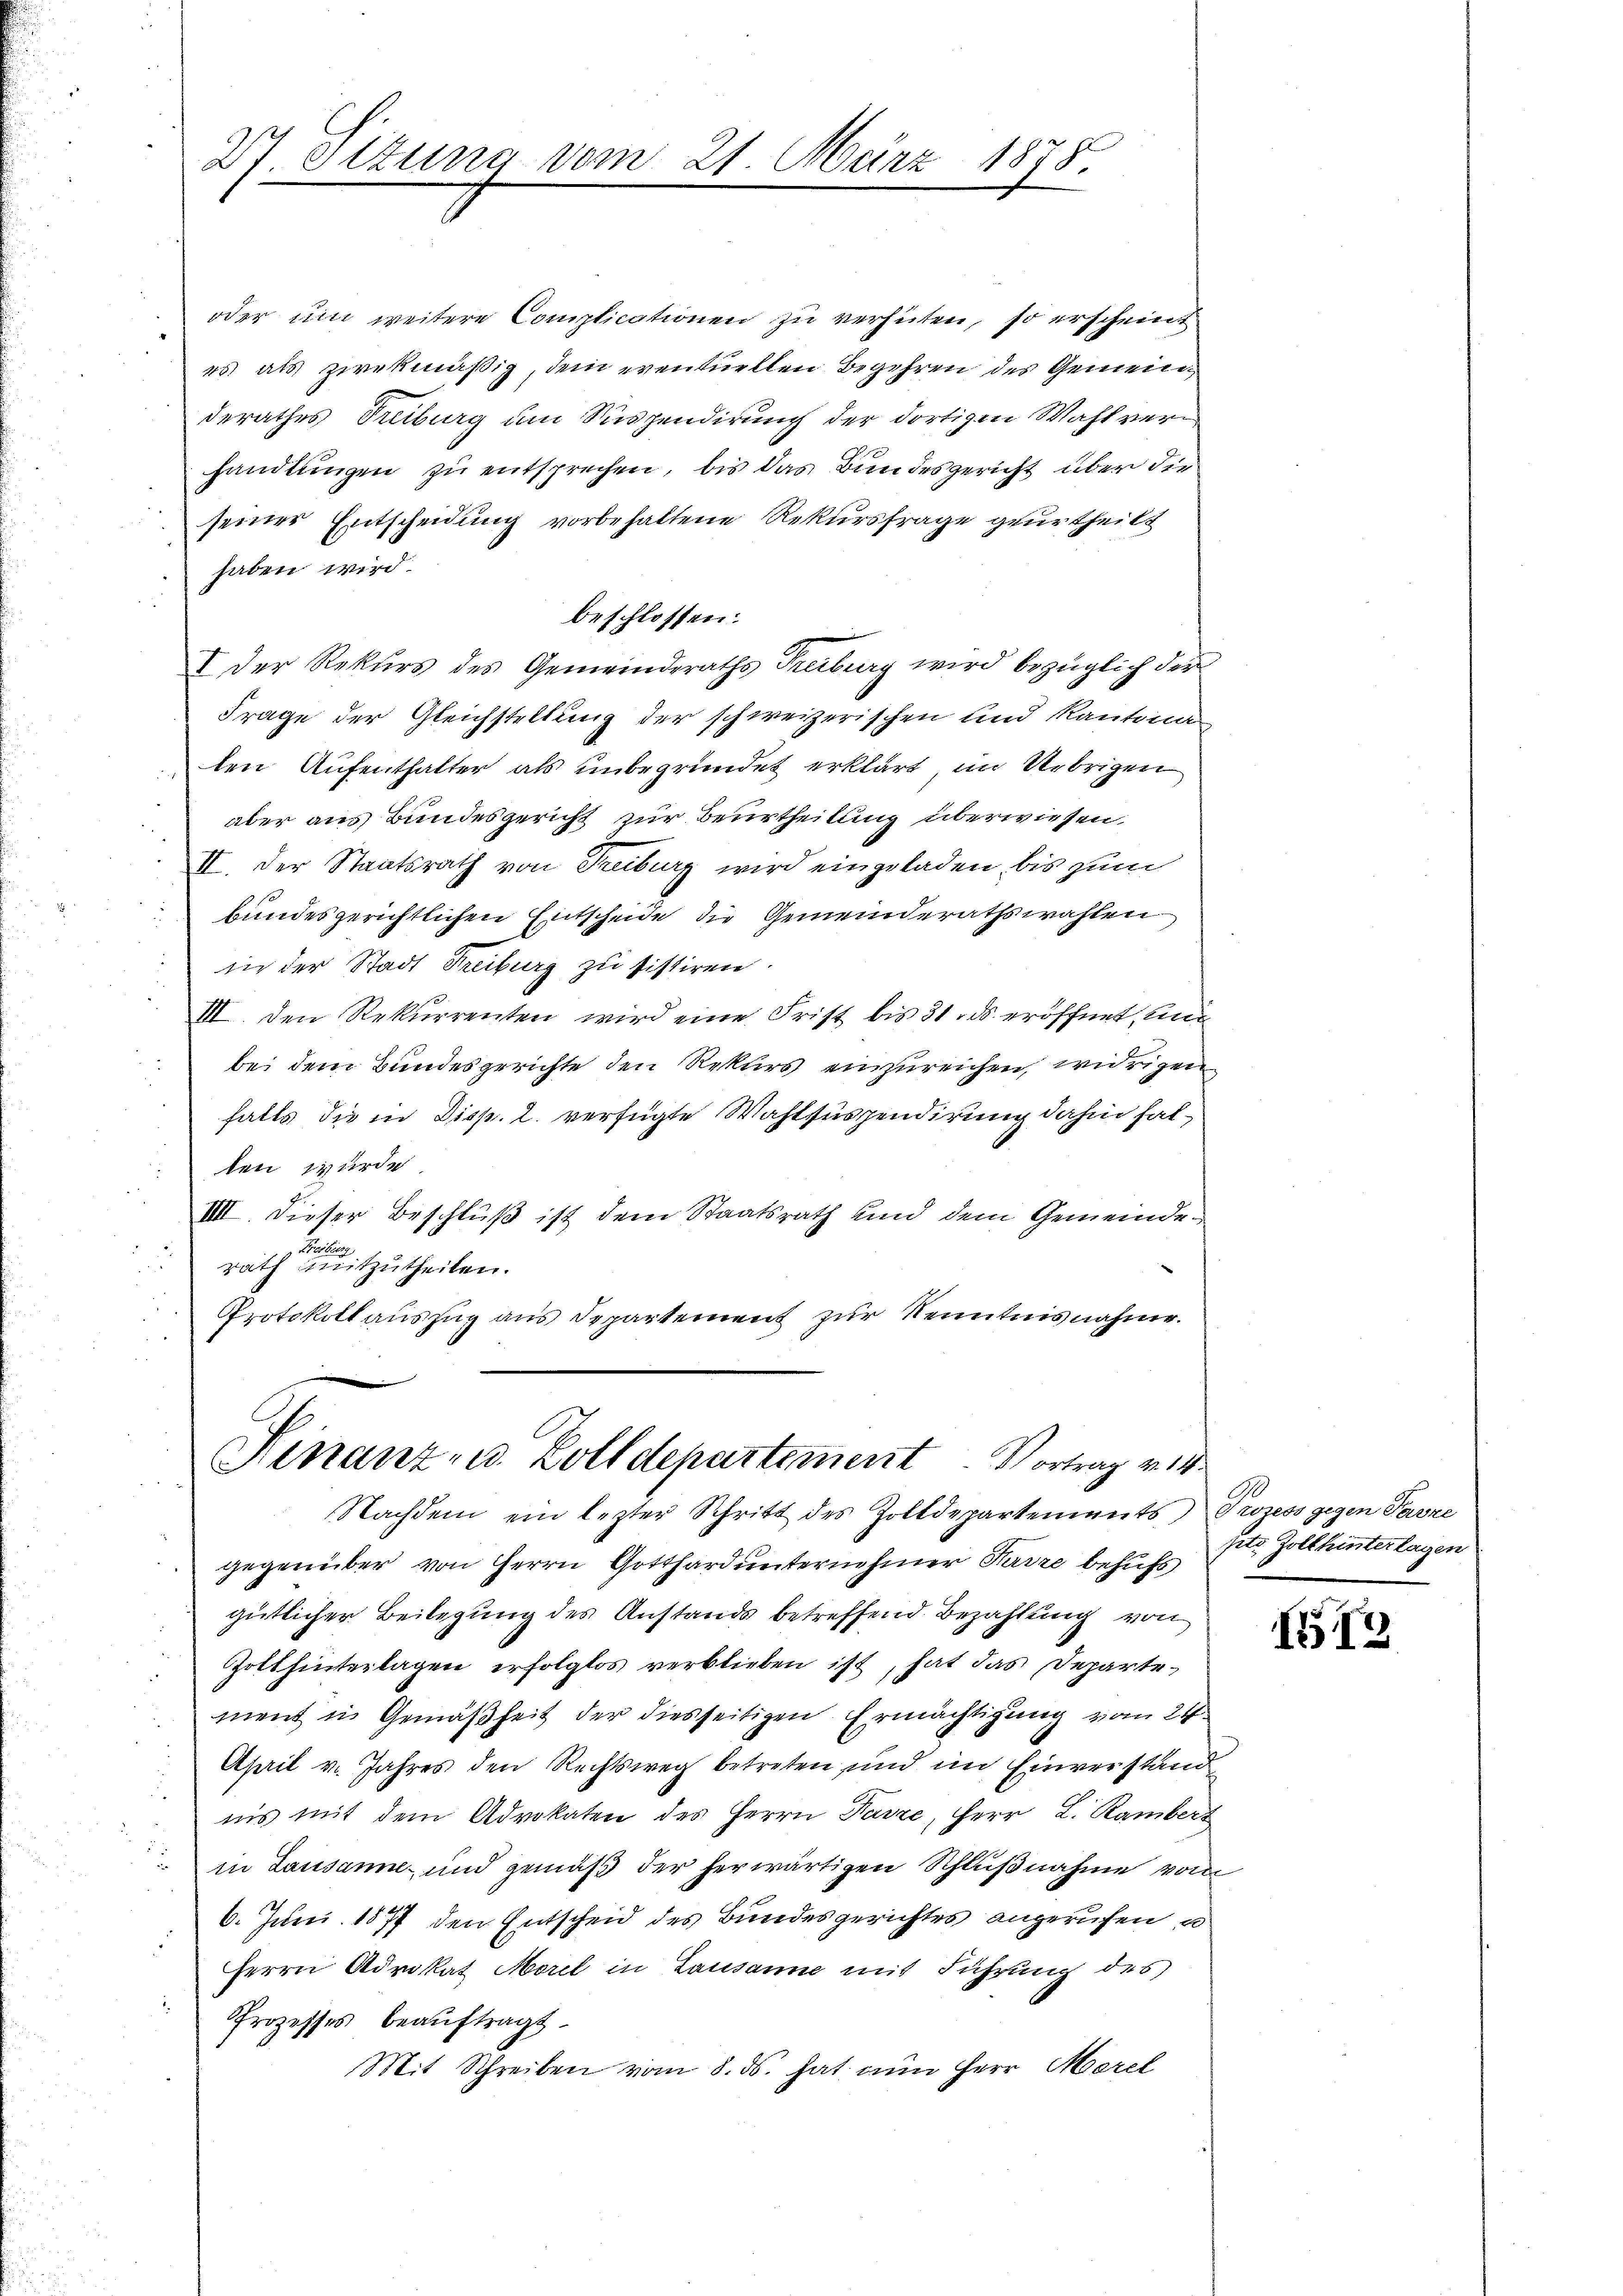
27. Ottung vom 21. März 1878.

oder um weitere Complicationen zu verhüten, so erscheint
es als zwekmäßig, dem eventuellen Begehren des Gemeinderathes Treiburg um Suspendirung der dortigen Wahl verhandlungen zu entsprechen, bis das Bundesgericht über die
seiner Entscheidung vorbehaltene Rekursfrage geurtheilt
haben wird.
beschlossen:
I Der Rekurs des Gemeinderaths Treiburg wird bezüglich der
Frage der Gleichstellung der schweizerischen und Kantona
den Aufenthalter als unbegründet erklärt, im Uebrigen
aber aus Bundesgericht zur Beurtheilung überwiesen.
II. Der Staatsrath von Treiburg wird eingeladen, bis zum
bundesgerichtlichen Entscheide die Gemeinderathswahlen
in der Stadt Freiburg zu sistiren.
III. Den Rekurrenten wird eine Frist bis 31. ds. eröffnet, mit
bei dem Bundesgerichte den Rekurs einzureichen, widrigen
falls die in Disp. 2. verfügte Wahlsuspendirung dahin fallen wurde.
IIII. Dieser Beschluß ist dem Staatsrath und dem Gemeinde
Brude
rath mitzutheilen.
Protokoll aŭszŭg aŭs Departement zŭr Kenntnisnahme.

Ninanz- u. Zolldepartement. Vortrag v. 14
Nachdem ein lezter Schritt des Zolldepartements Prozess gegen Parze

gegenüber von Herrn Gotthard unternehmer Harre behufs
gütlicher Beilegung des Anstands betreffend Bezahlung von
Gott hinterlagen erfolglos verblieben ist, hat das Departement in Gemäßheit der diesseitigen Ermächtigung vom 24.
April v. Jahres den Rechtsweg betreten und im Einverstand
iis mit dem Advokaten des Herrn Parze, Herr L. Ramber
in Lausanne und gemäβ der herwärtigen Schlŭβnahme vom
6. Juni 1877 den Entscheid des Bundesgerichtes angerufen u
Herrn Advokat Morel in Lausanne mit Führung des
Prozesses beauftragt.
Mit Schreiben vom 8. ds. hat nun Herr Marel

pto Zolt hinterlagen

7